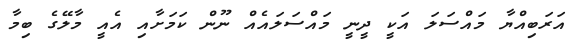
އަރަބިއްޔާ މައްސަލަ އަކީ ދީނީ މައްސަލައެއް ނޫން ކަމަށާއި އެއީ މާލޭގެ ބިމާ